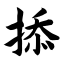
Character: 掭